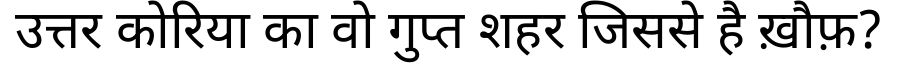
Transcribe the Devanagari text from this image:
उत्तर कोरिया का वो गुप्त शहर जिससे है ख़ौफ़?